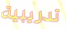
تدريبية